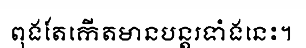
ពុងតែកើតមានបន្តរទាំងនេះ។